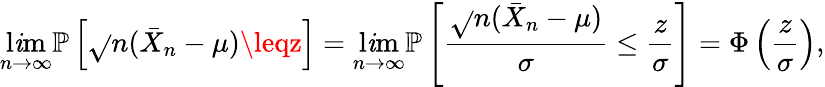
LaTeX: \operatorname*{l\mathit{i}m}_{n\to\infty}\mathbb{{P}}\left[{\sqrt{}{{n}}}({\bar{{X}}}_{n}-\mu)\leqz\right]=\operatorname*{l\mathit{i}m}_{n\to\infty}\mathbb{{P}}\left[{\frac{{{\sqrt{}{{n}}}({\bar{{X}}}_{n}-\mu)}}{{\sigma}}}\leq{\frac{{z}}{{\sigma}}}\right]=\Phi\left({\frac{{z}}{{\sigma}}}\right),